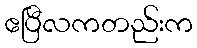
ဧပြီလကတည်းက